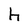
Character: h